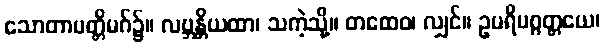
သောတာပတ္တိမဂ်၌။ လဗ္ဘန္တိယထာ၊ သကဲ့သို့။ တထေဝ၊ လျှင်။ ဥပရိမဂ္ဂတ္တယေ၊